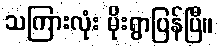
သကြားလုံး မိုးရွာပြန်ပြီ။